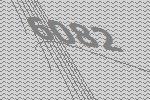
6082